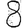
Digit: 8